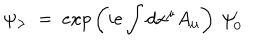
\psi _ { > } ~ = ~ e x p \left( i e \int d x ^ { \mu } A _ { \mu } \right) ~ \psi _ { 0 } ^ { \prime }